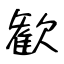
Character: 歓